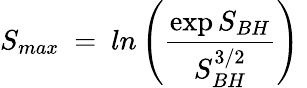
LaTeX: S_{max}~=~ln\left({\frac{\exp{S_{BH}}}{S_{BH}^{3/2}}}\right)~